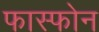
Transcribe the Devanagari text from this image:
फास्फोन